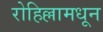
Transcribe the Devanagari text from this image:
रोहिल्लामधून